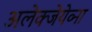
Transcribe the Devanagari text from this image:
अलेक्जेयेव्ना